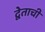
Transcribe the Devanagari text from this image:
द्वेताची